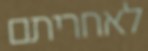
לאחריתם